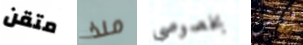
متقن منذ بخصوصي فينش